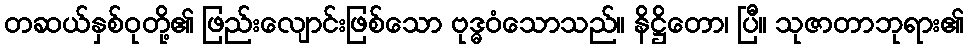
တဆယ်နှစ်ဝုတို့၏ ဖြည်းလျောင်းဖြစ်သော ဗုဒ္ဓဝံသောသည်။ နိဋ္ဌိတော၊ ပြီ။ သုဇာတာဘုရား၏